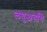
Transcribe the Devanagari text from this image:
लघुअवधि